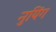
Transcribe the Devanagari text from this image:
नुयिंग